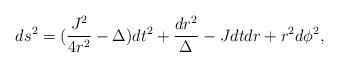
LaTeX: \begin{align*}ds^2=(\frac{J^2}{4r^2}-\Delta)dt^2+\frac{dr^2}{\Delta}-Jdt dr +r^2d\phi^2,\end{align*}